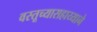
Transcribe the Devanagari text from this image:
वस्तूच्यासहाय्याने